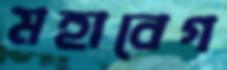
মহাবেগ